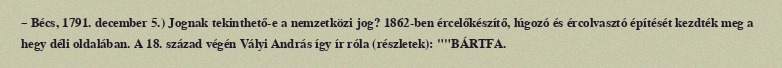
– Bécs, 1791. december 5.) Jognak tekinthető-e a nemzetközi jog? 1862-ben ércelőkészítő, lúgozó és ércolvasztó építését kezdték meg a hegy déli oldalában. A 18. század végén Vályi András így ír róla (részletek): ""BÁRTFA.